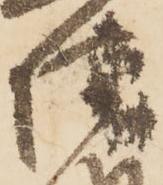
惶